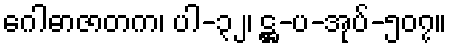
ဂေါဓာဇာတက၊ ပါ-၃၂၊ ဋ္ဌ-ပ-အုပ်-၅၀၇။